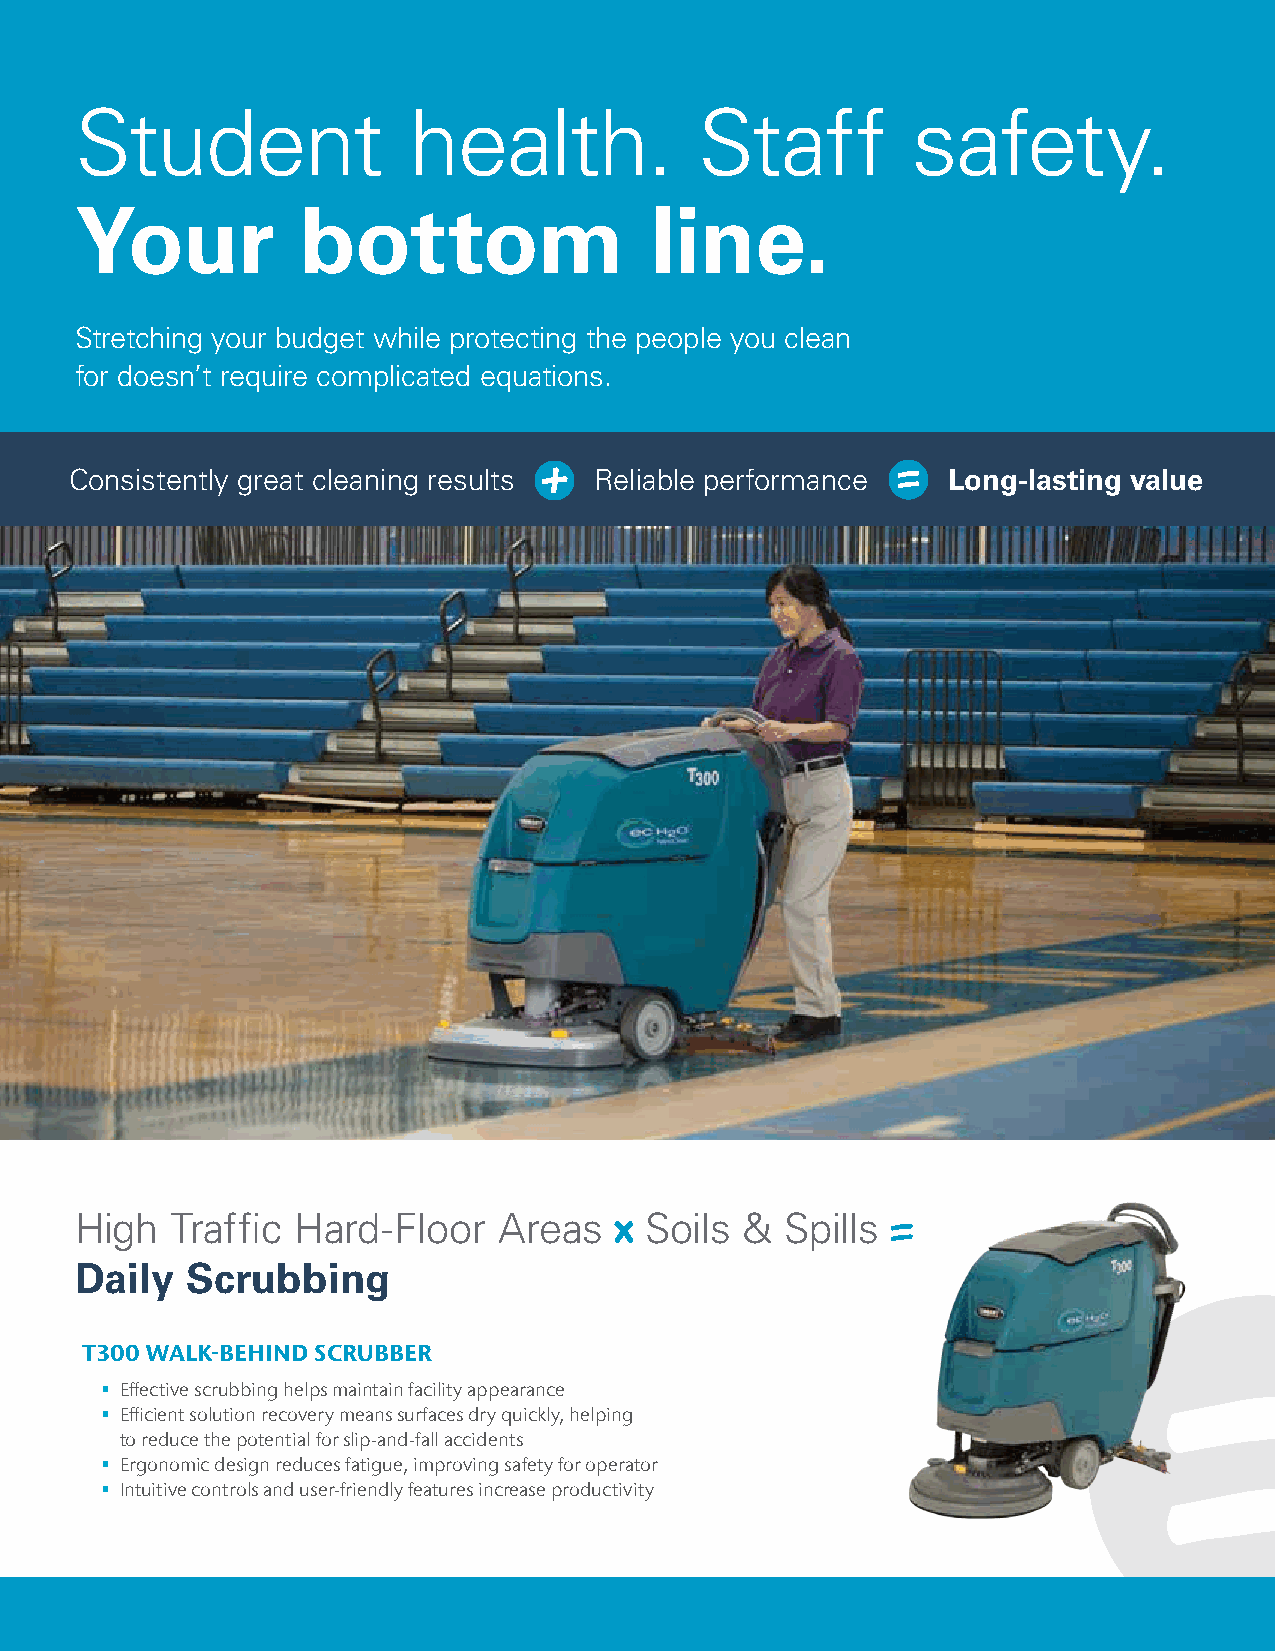
Student               health.            Staff         safety.
 Your           bottom                 line.
 Stretching your budget while protecting the people you clean
 for doesn’t require complicated equations.
 Consistently great cleaning results Reliable performance  Long-lasting value
 High  Traffic Hard-Floor    Areas     Soils &  Spills
 Daily  Scrubbing
 T300 WALK-BEHIND SCRUBBER
  Effective scrubbing helps maintain facility appearance
  Efficient solution recovery means surfaces dry quickly, helping
 to reduce the potential for slip-and-fall accidents
  Ergonomic design reduces fatigue, improving safety for operator
  Intuitive controls and user-friendly features increase productivity